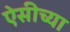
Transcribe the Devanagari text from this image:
ऐसीच्या